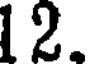
12.